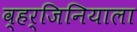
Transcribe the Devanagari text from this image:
व्हर्जिनियाला